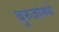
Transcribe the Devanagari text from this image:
बुरुजांमधे